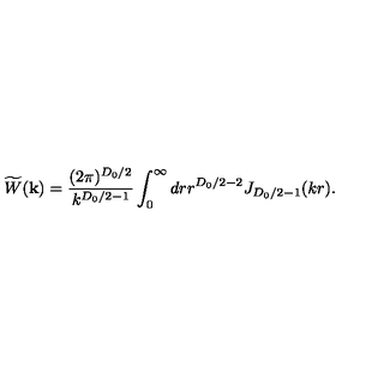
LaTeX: \widetilde { W } ( { \bf k } ) = \frac { ( 2 \pi ) ^ { { D _ { 0 } } / 2 } } { k ^ { { D _ { 0 } } / 2 - 1 } } \int _ { 0 } ^ { \infty } d r r ^ { { D _ { 0 } } / 2 - 2 } J _ { { D _ { 0 } } / 2 - 1 } ( k r ) .